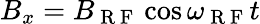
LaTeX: B_{x}=B_{\mathrm{~R~F~}}\cos\omega_{\mathrm{~R~F~}}t